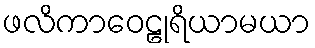
ဖလိကာဝေဠုရိယာမယာ